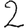
Digit: 2